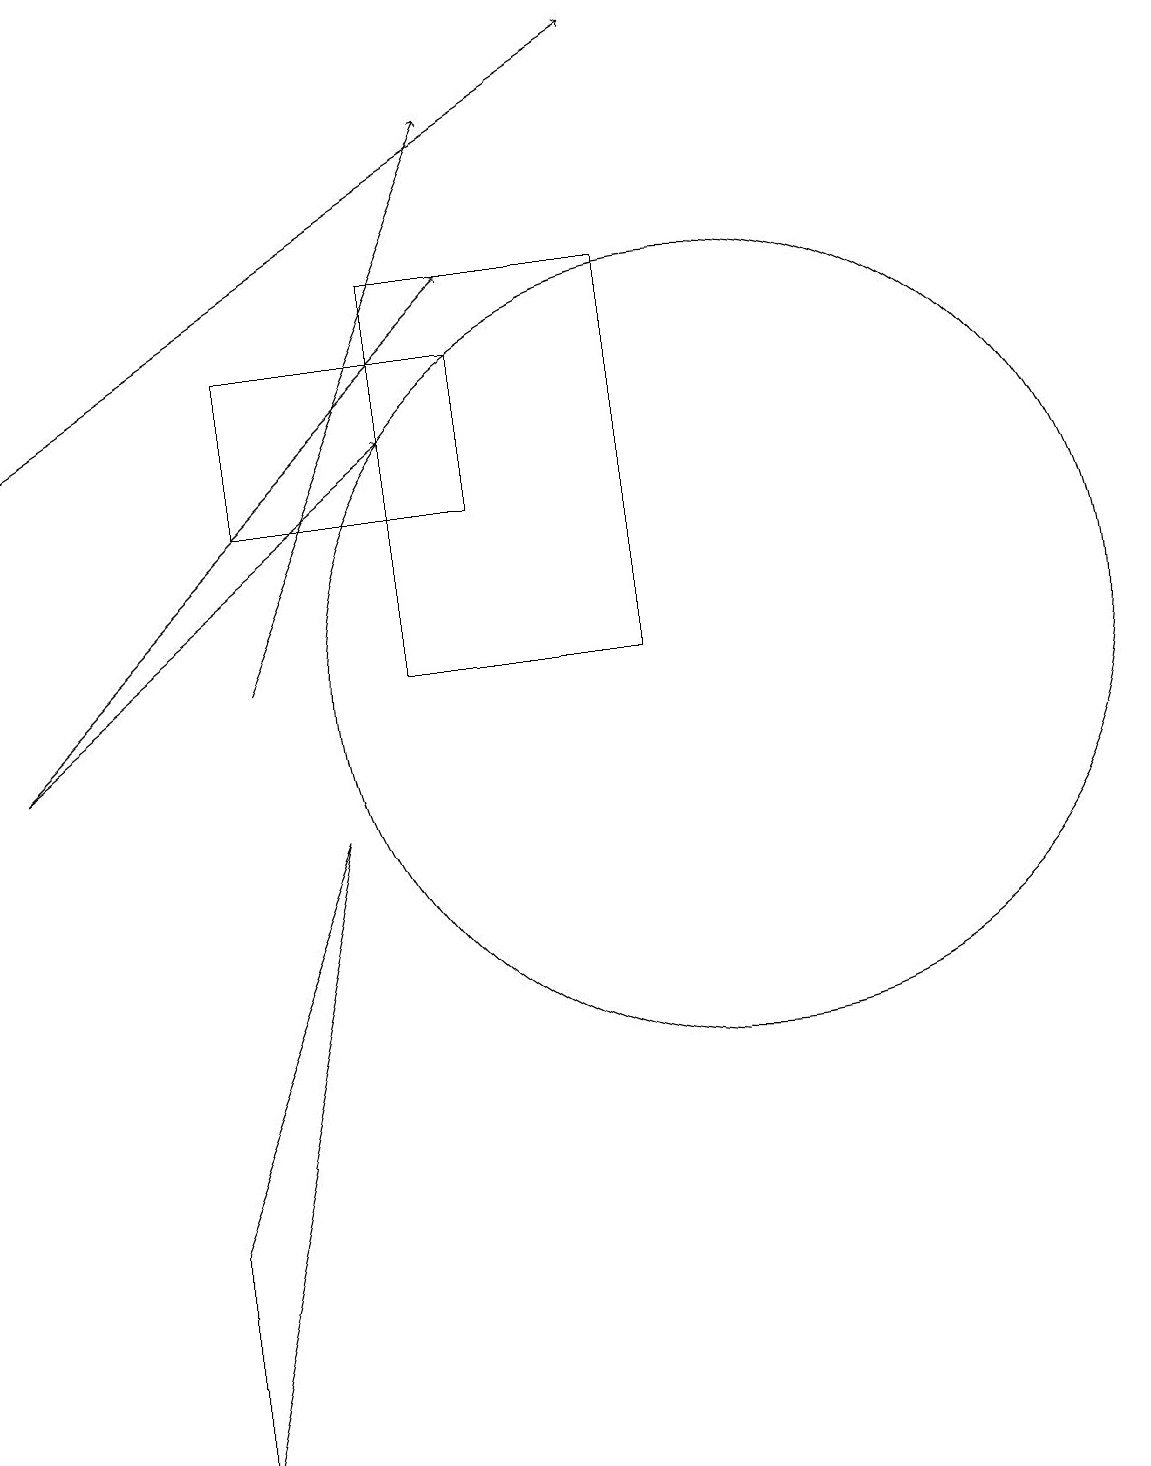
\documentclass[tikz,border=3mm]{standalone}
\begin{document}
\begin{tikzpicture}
\draw[->] (4,11) -- (7,18);
\draw (5,9) -- (3,1) -- (3,4) -- cycle;
\draw[->] (1,10) -- (6,14);
\draw (4,13) rectangle (7,15);
\draw[->] (1,10) -- (7,16);
\draw (10,11) circle (5);
\draw[->] (1,14) -- (9,19);
\draw (6,16) rectangle (9,11);
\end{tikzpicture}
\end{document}